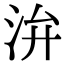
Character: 㳎